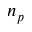
n _ { p }